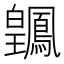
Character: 𬐑